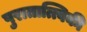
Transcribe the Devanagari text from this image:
पुरातात्त्विकी